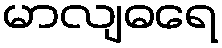
မာလျဓရေ